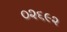
૦૨૬૯૨